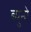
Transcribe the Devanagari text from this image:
ब्युनो